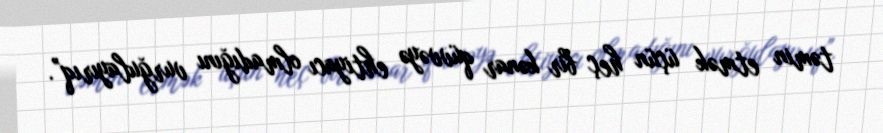
təmin etmək üçün heç bir kənar qüvvəyə ehtiyacı olmadığını vurğulayırıq”.